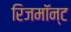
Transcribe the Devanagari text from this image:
रिजमॉन्ट